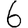
Digit: 6